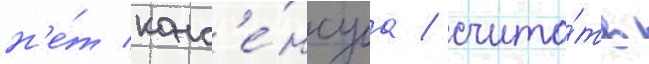
н'е́т конс'е́нсуса / счита́ть